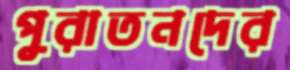
পুরাতনদের